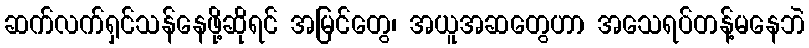
ဆက်လက်ရှင်သန်နေဖို့ဆိုရင် အမြင်တွေ၊ အယူအဆတွေဟာ အသေရပ်တန့်မနေဘဲ